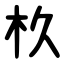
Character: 杦